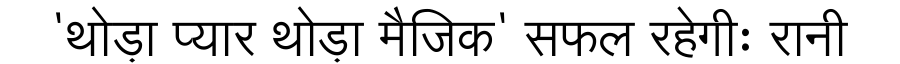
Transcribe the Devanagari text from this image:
'थोड़ा प्यार थोड़ा मैजिक' सफल रहेगीः रानी